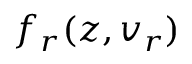
f _ { r } ( z , v _ { r } )